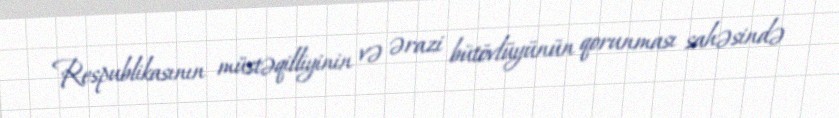
Respublikasının müstəqilliyinin və ərazi bütövlüyünün qorunması sahəsində